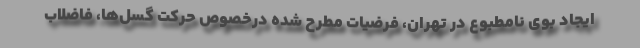
ایجاد بوی نامطبوع در تهران، فرضیات مطرح شده درخصوص حرکت گسل‌ها، فاضلاب